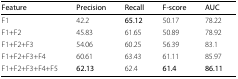
<table><thead><tr><td><b>Feature</b></td><td><b>Precision</b></td><td><b>Recall</b></td><td><b>F-score</b></td><td><b>AUC</b></td></tr></thead><tbody><tr><td>F1</td><td>42.2</td><td><b>65.12</b></td><td>50.17</td><td>78.22</td></tr><tr><td>F1+F2</td><td>45.83</td><td>61.65</td><td>50.89</td><td>78.92</td></tr><tr><td>F1+F2+F3</td><td>54.06</td><td>60.25</td><td>56.39</td><td>83.1</td></tr><tr><td>F1+F2+F3+F4</td><td>60.61</td><td>63.43</td><td>61.11</td><td>85.97</td></tr><tr><td>F1+F2+F3+F4+F5</td><td><b>62.13</b></td><td>62.4</td><td><b>61.4</b></td><td><b>86.11</b></td></tr></tbody></table>